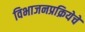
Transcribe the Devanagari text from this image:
विभाजनप्रक्रियेचे